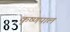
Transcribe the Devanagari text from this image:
कृष्णपाल